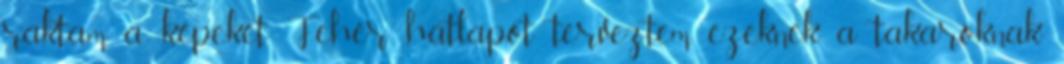
raktam a képeket. Fehér hátlapot terveztem ezeknek a takaróknak